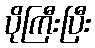
ပိုကြီးပြီး